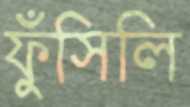
ফুঁসিলি